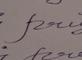
Signature authenticity: genuine